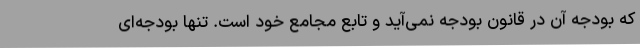
که بودجه آن در قانون بودجه نمی‌آید و تابع مجامع خود است. تنها بودجه‌ای